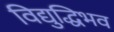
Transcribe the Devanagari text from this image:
विद्युद्धिभव